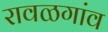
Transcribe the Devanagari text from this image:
रावळगांव